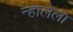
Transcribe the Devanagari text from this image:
न्हालेला